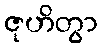
ဇုဟိတွာ